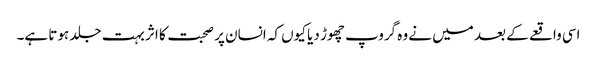
اسی واقعے کے بعد میں نے وہ گروپ چھوڑ دیا کیوں کہ انسان پر صحبت کا اثر بہت جلد ہوتا ہے۔